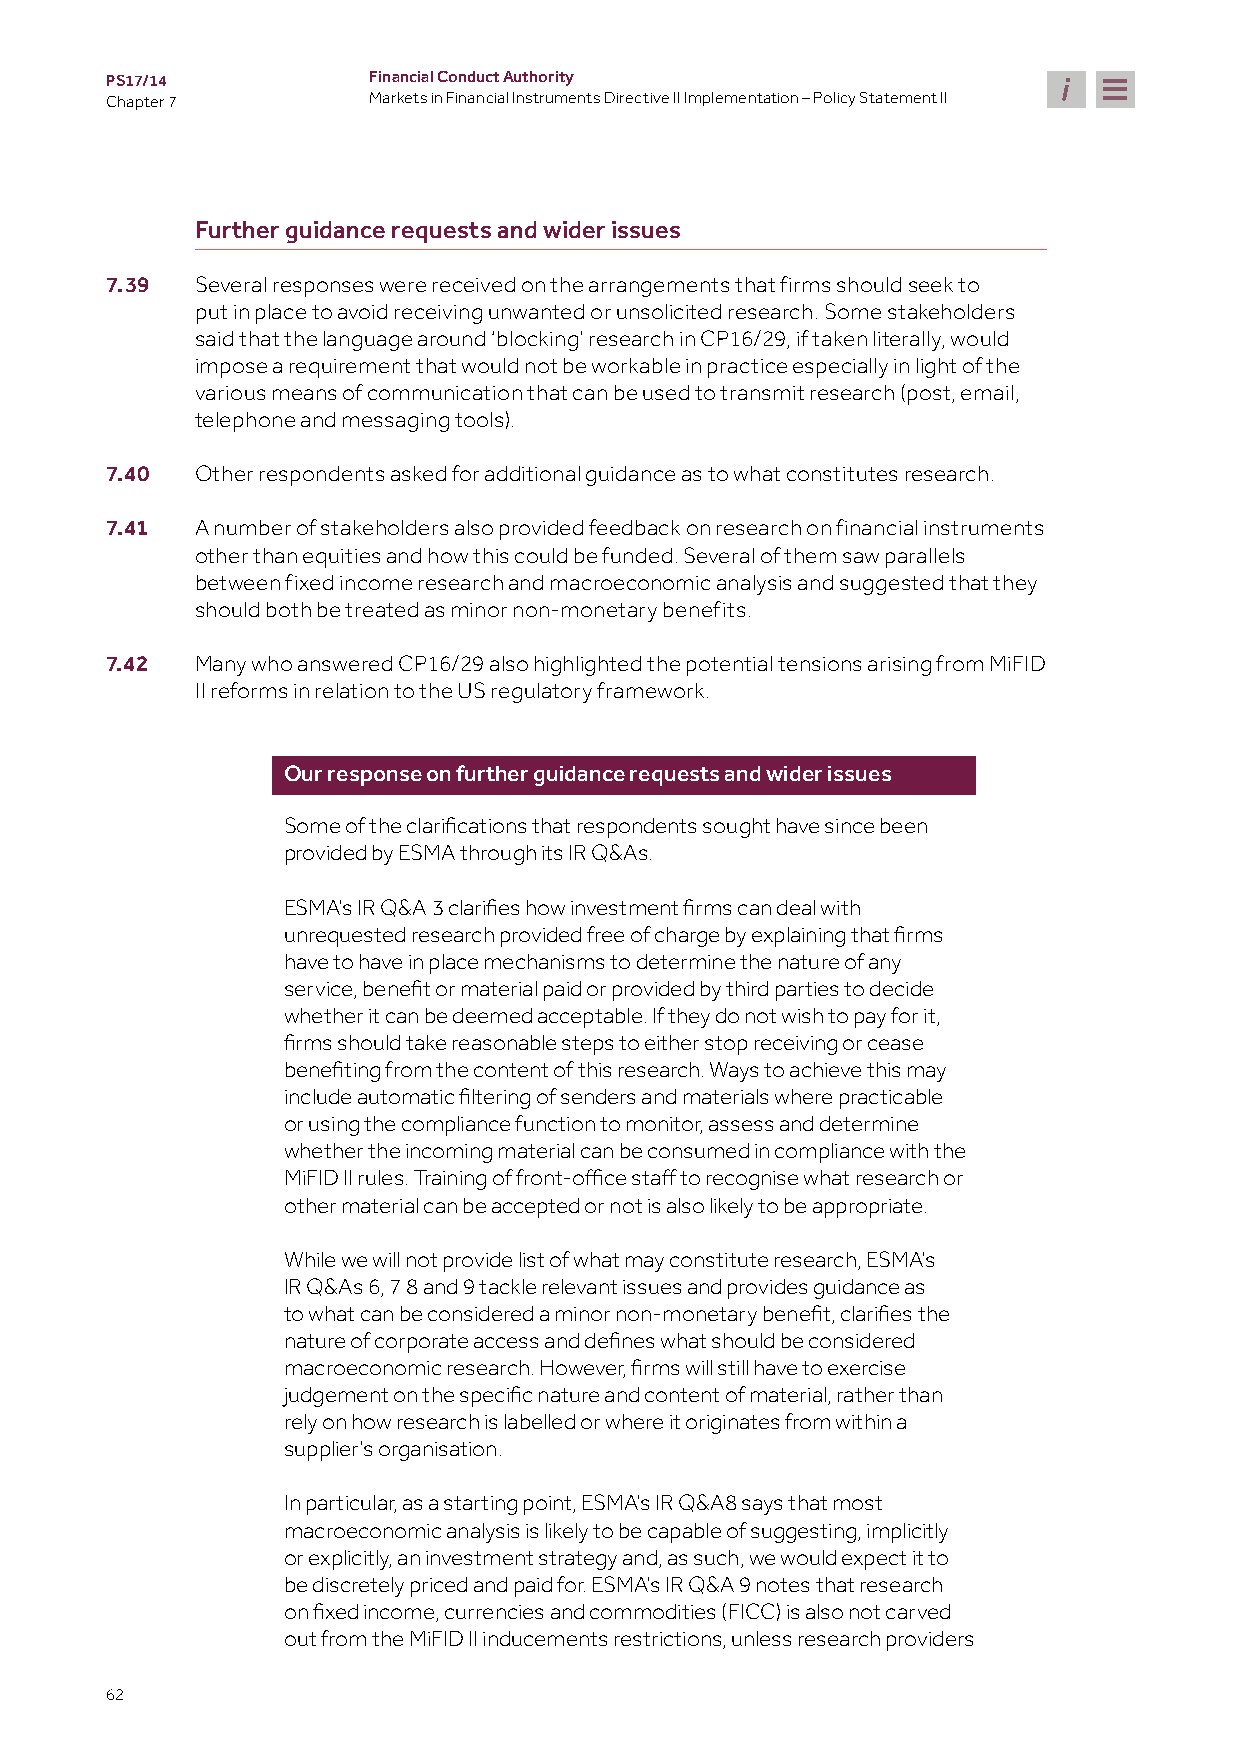
PS17/14          Financial Conduct Authority
 Chapter 7        Markets in Financial Instruments Directive II Implementation – Policy Statement II
 Further guidance requests and wider issues
 7.39  Several responses were received on the arrangements that firms should seek to
 put in place to avoid receiving unwanted or unsolicited research. Some stakeholders
 said that the language around ‘blocking’ research in CP16/29, if taken literally, would
 impose a requirement that would not be workable in practice especially in light of the
 various means of communication that can be used to transmit research (post, email,
 telephone and messaging tools).
 7.40  Other respondents asked for additional guidance as to what constitutes research.
 7.41  A number of stakeholders also provided feedback on research on financial instruments
 other than equities and how this could be funded. Several of them saw parallels
 between fixed income research and macroeconomic analysis and suggested that they
 should both be treated as minor non-monetary benefits.
 7.42  Many who answered CP16/29 also highlighted the potential tensions arising from MiFID
 II reforms in relation to the US regulatory framework.
 Our response on further guidance requests and wider issues
 Some of the clarifications that respondents sought have since been
 provided by ESMA through its IR Q&As.
 ESMA’s IR Q&A 3 clarifies how investment firms can deal with
 unrequested research provided free of charge by explaining that firms
 have to have in place mechanisms to determine the nature of any
 service, benefit or material paid or provided by third parties to decide
 whether it can be deemed acceptable. If they do not wish to pay for it,
 firms should take reasonable steps to either stop receiving or cease
 benefiting from the content of this research. Ways to achieve this may
 include automatic filtering of senders and materials where practicable
 or using the compliance function to monitor, assess and determine
 whether the incoming material can be consumed in compliance with the
 MiFID II rules. Training of front-office staff to recognise what research or
 other material can be accepted or not is also likely to be appropriate.
 While we will not provide list of what may constitute research, ESMA’s
 IR Q&As 6, 7 8 and 9 tackle relevant issues and provides guidance as
 to what can be considered a minor non-monetary benefit, clarifies the
 nature of corporate access and defines what should be considered
 macroeconomic research. However, firms will still have to exercise
 judgement on the specific nature and content of material, rather than
 rely on how research is labelled or where it originates from within a
 supplier’s organisation.
 In particular, as a starting point, ESMA’s IR Q&A8 says that most
 macroeconomic analysis is likely to be capable of suggesting, implicitly
 or explicitly, an investment strategy and, as such, we would expect it to
 be discretely priced and paid for. ESMA’s IR Q&A 9 notes that research
 on fixed income, currencies and commodities (FICC) is also not carved
 out from the MiFID II inducements restrictions, unless research providers
 62